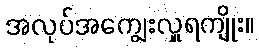
အလုပ်အကျွေးလှူရကျိုး။